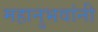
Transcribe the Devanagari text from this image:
महानुभवांनी